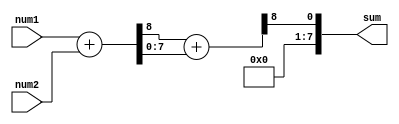
module carry_save_adder (
  input [7:0] num1,
  input [7:0] num2,
  output [7:0] sum
);

wire [7:0] partial_sum;
wire [7:0] carry_save;

// First step: add num1 and num2 without considering carry
assign {partial_sum, carry_save} = num1 + num2;

// Second step: add partial sum with saved carry
assign {sum, carry_save} = partial_sum + carry_save;

endmodule